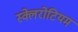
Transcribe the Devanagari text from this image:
स्क्लेरोटियम